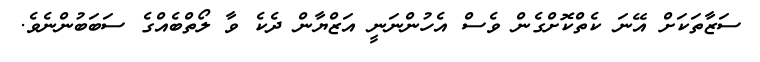
ސަޒާތަކަށް އޭނަ ކެތްކޮށްގެން ވެސް އެހުންނަނީ އަޒްޔާން ދެކެ ވާ ލޯތްބެއްގެ ސަބަބުންނެވެ.